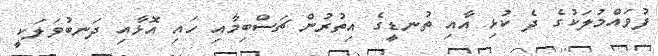
ފުވައްމުލަކުގެ ދެ ކުޅި އާއި ތުނޑީގެ އިތުރުން ޗަސްބިމާއި ހައި އޮޅާއި ދަނބުވަލަކީ